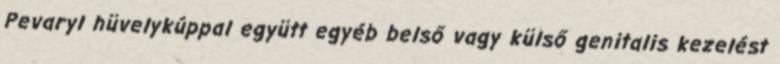
Pevaryl hüvelykúppal együtt egyéb belső vagy külső genitalis kezelést